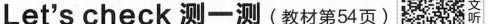
DLet's check 测一测(教材第54页) 文听